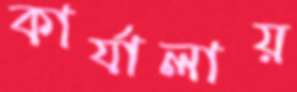
কার্যালায়